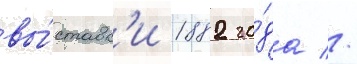
вы́ставк'и 1882 го́да //